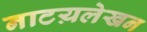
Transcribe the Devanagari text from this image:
नाटय़लेखन